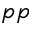
p p